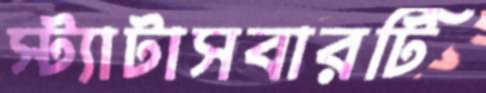
স্ট্যাটাসবারটি